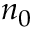
n _ { 0 }